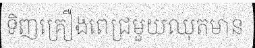
ទិញគ្រឿងពេជ្រមួយឈុតមាន